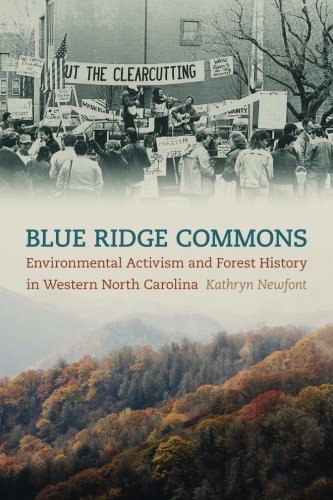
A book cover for Blue Ridge Commons: Environmental Activism and Forest History in Western North Carolina (Environmental History and the American South); Kathryn Newfont; Science & Math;